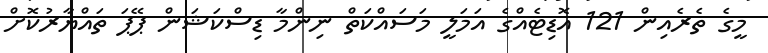
މީގެ ތެރެއިން 121 އޮޑިޓެއްގެ އަމަލީ މަސައްކަތް ނިންމާ ޑިސްކަޝަން ޕޭޕަ ތައްޔާރުކޮށް